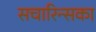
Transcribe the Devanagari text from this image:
सचारिन्सका